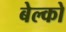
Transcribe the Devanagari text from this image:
बेल्को